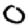
Digit: 0